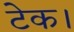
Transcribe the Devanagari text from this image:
टेक।